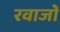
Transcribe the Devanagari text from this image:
रवाजों